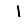
Digit: 1